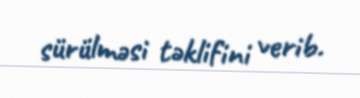
sürülməsi təklifini verib.